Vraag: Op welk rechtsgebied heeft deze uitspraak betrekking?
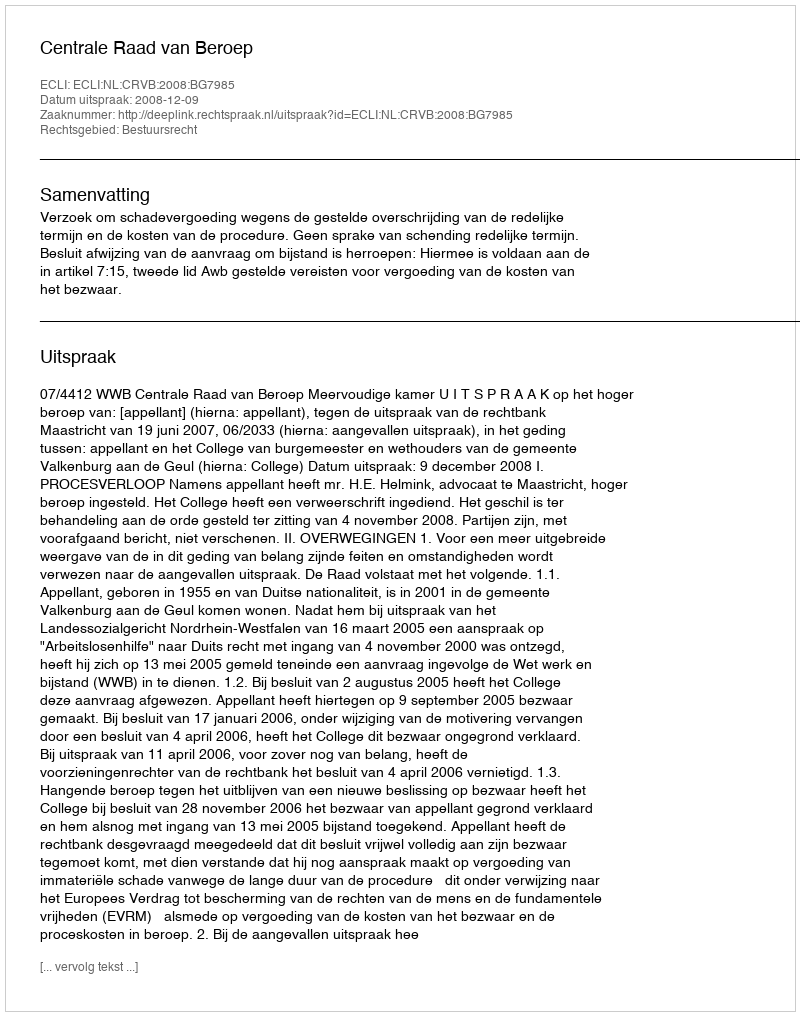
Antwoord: Bestuursrecht